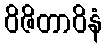
ဝိဇိတာဝိနံ